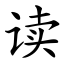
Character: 读